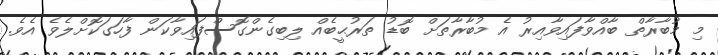
މި މުބާރާތް ބާއްވާފައިވާއިރު އެ މުބާރާތަށް ބޮޑު ތަރުޙީބެއް ލިބިގެންގޮސްފައިވާކަން ފާހަގަކޮށްލެވެ އެވެ.